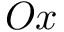
O x